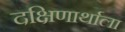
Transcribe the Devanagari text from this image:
दक्षिणार्थाला